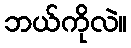
ဘယ်ကိုလဲ။